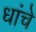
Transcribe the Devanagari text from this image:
धांचे